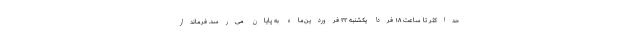
حداکثر تا ساعت ۱۸ فردا یکشنبه ۲۲ فروردین‌ماه به پایان می‌رسد. فرماندار